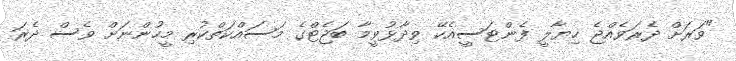
"ވަރަށް ދެރަވެއްޖެ ހިޔާލީ ފެންޓަސީއެކޭ ވިދާޅުވީމާ ބަޖެޓްގެ މަސައްކަތްކުރި މީހުންނަށް ވެސް ދެރަ